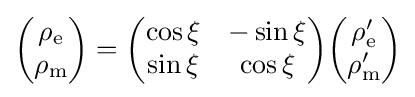
{\begin{pmatrix}\rho _{\mathrm {e} }\\\rho _{\mathrm {m} }\end{pmatrix}}={\begin{pmatrix}\cos \xi &-\sin \xi \\\sin \xi &\cos \xi \\\end{pmatrix}}{\begin{pmatrix}\rho _{\mathrm {e} }'\\\rho _{\mathrm {m} }'\end{pmatrix}}